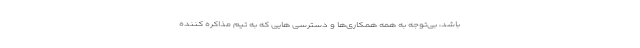
باشد، بی‌توجه به همه همکاری‌ها و دسترسی هایی که به تیم مذاکره کننده